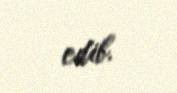
edib.